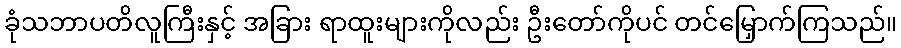
ခုံသဘာပတိလူကြီးနှင့် အခြား ရာထူးများကိုလည်း ဦးတော်ကိုပင် တင်မြှောက်ကြသည်။